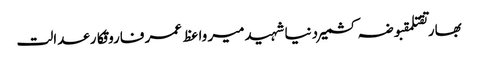
بھارتقتلمقبوضہ کشمیردنیاشہیدمیر واعظ عمر فاروقکارعدالت